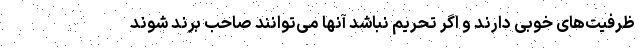
ظرفیت‌های خوبی دارند و اگر تحریم نباشد آنها می‌توانند صاحب برند شوند